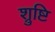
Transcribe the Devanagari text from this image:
श्रुष्टि